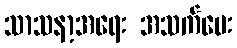
သာသနာ့အရေး အသက်ပေး